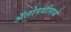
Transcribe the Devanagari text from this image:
अॅलोपथीमध्ये